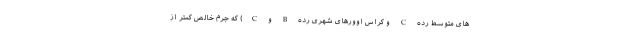
های متوسط رده C و کراس اوورهای شهری رده B و C) که جرم خالص کمتر از